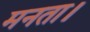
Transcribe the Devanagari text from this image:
मनता।